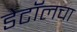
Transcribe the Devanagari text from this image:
डेटॉलचा